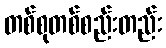
တစ်စုတစ်စည်းတည်း